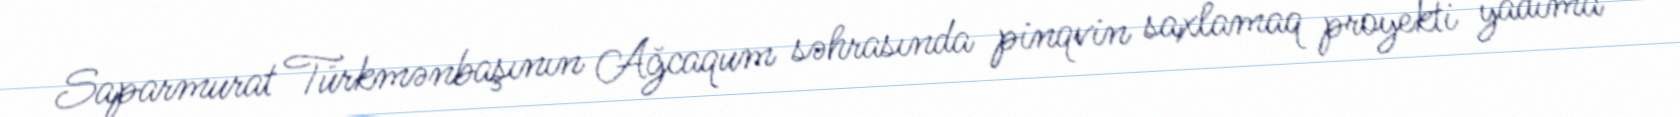
Saparmurat Türkmənbaşının Ağcaqum səhrasında pinqvin saxlamaq proyekti yadıma